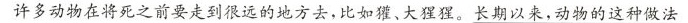
许多动物在将死之前要走到很远的地方去，比如獾、大猩猩。长期以来，动物的这种做法